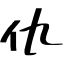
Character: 仇